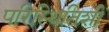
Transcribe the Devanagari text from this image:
परिस्थितिशी